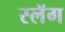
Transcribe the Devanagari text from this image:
स्लॅग